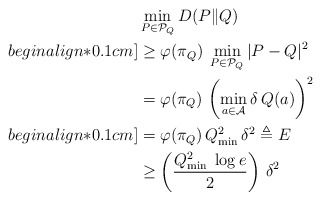
\begin{align*}& \min_{P \in \mathcal{P}_Q} D(P\|Q) \\begin{align*}0.1cm]& \geq \varphi(\pi_Q) \; \min_{P \in \mathcal{P}_Q} |P-Q|^2 \\& = \varphi(\pi_Q) \, \left( \min_{a \in \mathcal{A}} \delta \, Q(a) \right)^2 \\begin{align*}0.1cm]& = \varphi(\pi_Q) \, Q_{\min}^2 \, \delta^2 \triangleq E_{} \\& \geq \left(\frac{Q_{\min}^2 \; \log e}{2} \right) \, \delta^2 \end{align*}